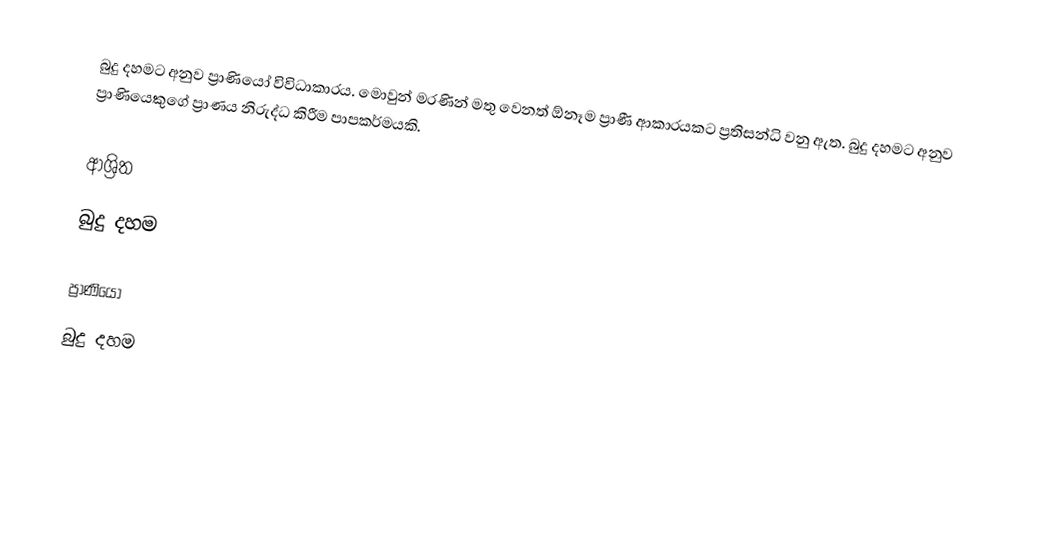
බුදු දහමට අනුව ප්‍රාණියෝ විවිධාකාරය. මොවුන් මරණින් මතු වෙනත් ඕනෑම ප්‍රාණී ආකාරයකට ප්‍රතිසන්ධි වනු ඇත. බුදු දහමට අනුව ප්‍රාණියෙකුගේ ප්‍රාණය නිරුද්ධ කිරීම පාපකර්මයකි.

ආශ්‍රිත
 බුදු දහම

ප්‍රාණියෝ
බුදු දහම